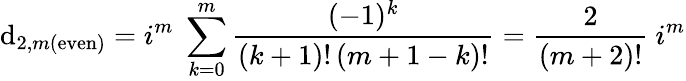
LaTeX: \mathrm{d}_{2,m(\mathrm{{even}})}=i^{m}\; \sum_{k=0}^{m}{\frac{{(-1)^{k}}}{{(k+1)!\, (m+1-k)!}}}={\frac{{2}}{{(m+2)!}}}~i^{m}